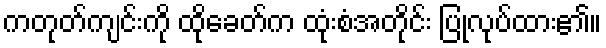
ကတုတ်ကျင်းကို ထိုခေတ်က ထုံးစံအတိုင်း ပြုလုပ်ထား၏။